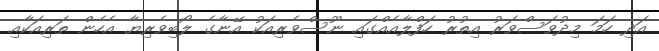
އަދި ހަމަ މިދުވަސްވަރު އިތުރު ހަފްލާއެއްގައި ނޫސްވެރިއަކު އޭނާގެ ލޯބިވެރިޔާ އެހެން ތަރިއަކާއި